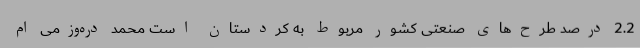
2.2 درصد طرح‌های صنعتی کشور مربوط به کردستان است محمد دره‌وزمی ام